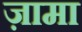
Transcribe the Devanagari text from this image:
ज़ामा